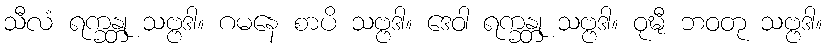
သီလံ ရက္ခန္တု သဗ္ဗဒါ။ ဂမနေ စာပိ သဗ္ဗဒါ။ ဒေဝါ ရက္ခန္တု သဗ္ဗဒါ။ ဝုဍ္ဎီ ဘဝတု သဗ္ဗဒါ။